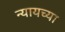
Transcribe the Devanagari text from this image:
न्यायच्या